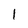
Character: 1